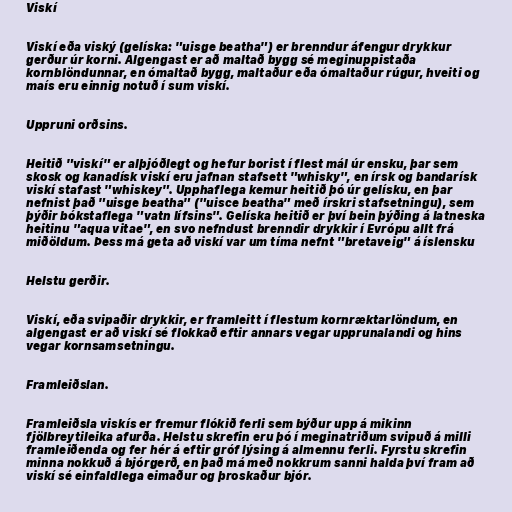
Viskí

Viskí eða viský (gelíska: "uisge beatha") er brenndur áfengur drykkur
gerður úr korni. Algengast er að maltað bygg sé meginuppistaða
kornblöndunnar, en ómaltað bygg, maltaður eða ómaltaður rúgur, hveiti og
maís eru einnig notuð í sum viskí.

Uppruni orðsins.

Heitið "viskí" er alþjóðlegt og hefur borist í flest mál úr ensku, þar sem
skosk og kanadísk viskí eru jafnan stafsett "whisky", en írsk og bandarísk
viskí stafast "whiskey". Upphaflega kemur heitið þó úr gelísku, en þar
nefnist það "uisge beatha" ("uisce beatha" með írskri stafsetningu), sem
þýðir bókstaflega "vatn lífsins". Gelíska heitið er því bein þýðing á latneska
heitinu "aqua vitae", en svo nefndust brenndir drykkir í Evrópu allt frá
miðöldum. Þess má geta að viskí var um tíma nefnt "bretaveig" á íslensku

Helstu gerðir.

Viskí, eða svipaðir drykkir, er framleitt í flestum kornræktarlöndum, en
algengast er að viskí sé flokkað eftir annars vegar upprunalandi og hins
vegar kornsamsetningu.

Framleiðslan.

Framleiðsla viskís er fremur flókið ferli sem býður upp á mikinn
fjölbreytileika afurða. Helstu skrefin eru þó í meginatriðum svipuð á milli
framleiðenda og fer hér á eftir gróf lýsing á almennu ferli. Fyrstu skrefin
minna nokkuð á bjórgerð, en það má með nokkrum sanni halda því fram að
viskí sé einfaldlega eimaður og þroskaður bjór.